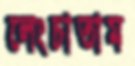
লেংচাতাম